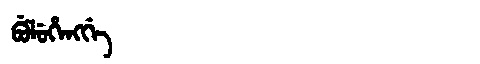
Manchu: ᠪᡠᠯᡠᡥᡝᠩᡤᡝ
Romanization: BULUHENGGE